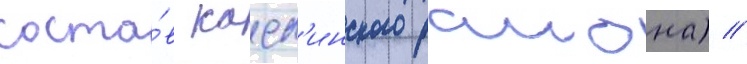
соста́в касл'инского раиона) //